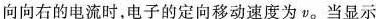
向向右的电流时，电子的定向移动速度为v_{0}当显示